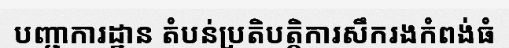
បញ្ជាការដ្ឋាន តំបន់ប្រតិបត្តិការសឹករងកំពង់ធំ